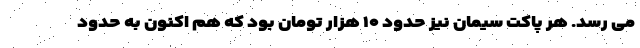
می رسد. هر پاکت سیمان نیز حدود ۱۰ هزار تومان بود که هم اکنون به حدود